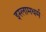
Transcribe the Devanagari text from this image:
इस्लामधर्म